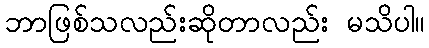
ဘာဖြစ်သလည်းဆိုတာလည်း မသိပါ။